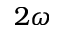
2 \omega